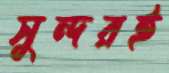
সুন্দরই